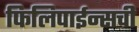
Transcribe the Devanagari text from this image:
फिलिपाईन्सची